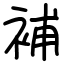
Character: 補